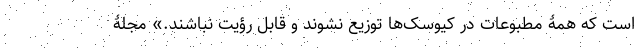
است که همۀ مطبوعات در کیوسک‌ها توزیع نشوند و قابل رؤیت نباشند.» مجلۀ